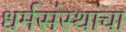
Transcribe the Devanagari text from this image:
धर्मसंस्थांचा